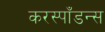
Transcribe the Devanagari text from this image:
करस्पाँडन्स